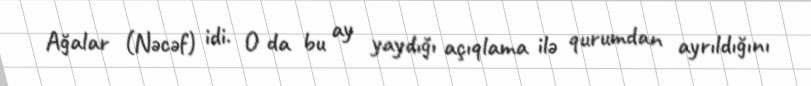
Ağalar (Nəcəf) idi. O da bu ay yaydığı açıqlama ilə qurumdan ayrıldığını